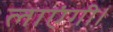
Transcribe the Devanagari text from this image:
लाएंगी।